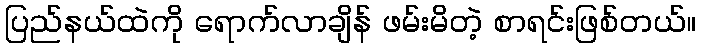
ပြည်နယ်ထဲကို ရောက်လာချိန် ဖမ်းမိတဲ့ စာရင်းဖြစ်တယ်။